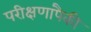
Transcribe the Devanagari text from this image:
परीक्षणांपैकी